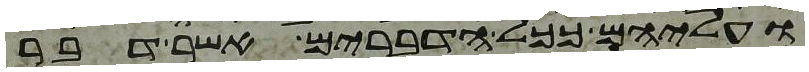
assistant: ועליהם ככל הדברים אשר דבר